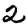
Digit: 2